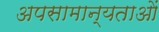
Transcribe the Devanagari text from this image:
अपसामान्यताओं